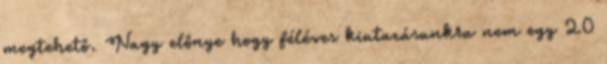
megtehető. Nagy előnye hogy féléves kiutazásunkra nem egy 20